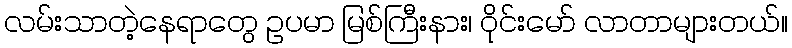
လမ်းသာတဲ့နေရာတွေ ဥပမာ မြစ်ကြီးနား၊ ဝိုင်းမော် လာတာများတယ်။